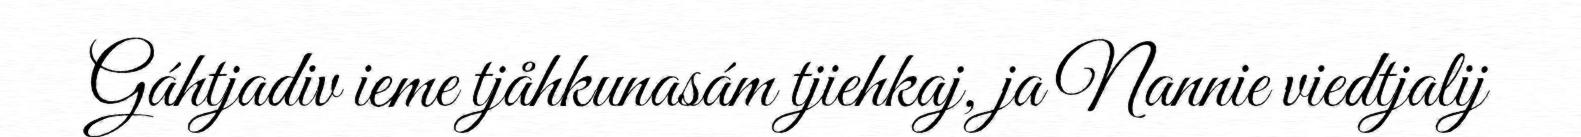
Gáhtjadiv ieme tjåhkunasám tjiehkaj, ja Nannie viedtjalij